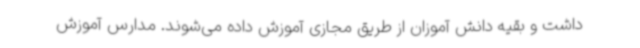
داشت و بقیه دانش آموزان از طریق مجازی آموزش داده می‌شوند. مدارس آموزش